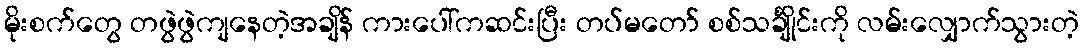
မိုးစက်တွေ တဖွဲဖွဲကျနေတဲ့အချိန် ကားပေါ်ကဆင်းပြီး တပ်မတော် စစ်သင်္ချိုင်းကို လမ်းလျှောက်သွားတဲ့